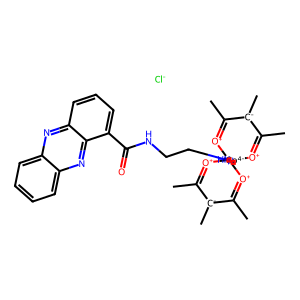
SMILES: CC1=[O+][Co-4]23(NCCN2CCNC(=O)c2cccc4nc5ccccc5nc24)([O+]=C(C)[C-]1C)[O+]=C(C)[C-](C)C(C)=[O+]3.[Cl-]
Inhibits HIV replication: No